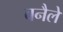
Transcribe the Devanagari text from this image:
बनैले